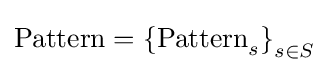
\mathrm {Pattern} ={\mathrm {\{Pattern} _{s}\}}_{s\in S}